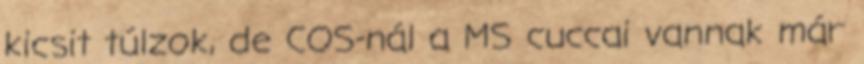
kicsit túlzok, de COS-nál a MS cuccai vannak már